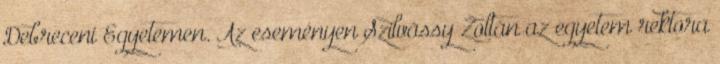
Debreceni Egyetemen. Az eseményen Szilvássy Zoltán az egyetem rektora